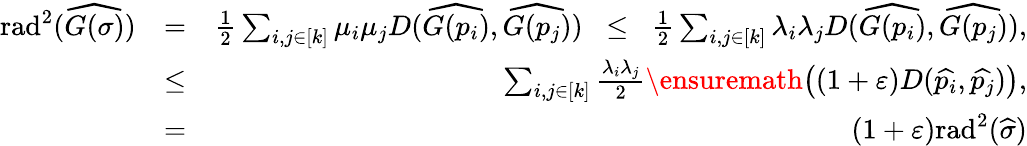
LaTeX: \begin{array}{rlr}{\mathrm{{rad}}^{2}(\widehat{G(\sigma)})}&{=}&{\frac{1}{2}\sum_{i,j\in[k]}\mu_{i}\mu_{j}D(\widehat{G(p_{i})},\widehat{G(p_{j})})\; \; \leq\; \; \frac{1}{2}\sum_{i,j\in[k]}\lambda_{i}\lambda_{j}D(\widehat{G(p_{i})},\widehat{G(p_{j})}),}\\ &{\leq}&{\sum_{i,j\in[k]}\frac{\lambda_{i}\lambda_{j}}{2}\ensuremath{\left((1+{\varepsilon})D(\widehat{p_{i}},\widehat{p_{j}})\right)},}\\ &{=}&{(1+{\varepsilon}){\mathrm{rad}}^{2}(\widehat{\sigma})}\end{array}